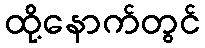
ထို့နောက်တွင်